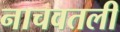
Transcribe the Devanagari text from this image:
नाचवतली